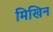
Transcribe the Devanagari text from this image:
मिखिन